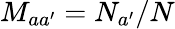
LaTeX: M_{aa^{\prime}}=N_{a^{\prime}}/N